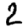
Digit: 2